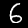
Digit: 6